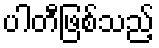
ပါတီဖြစ်သည့်